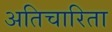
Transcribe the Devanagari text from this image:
अतिचारिता